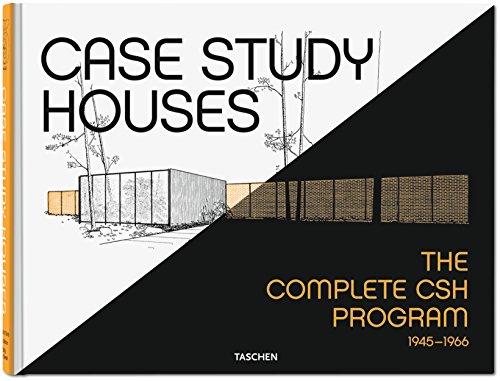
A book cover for Case Study Houses; Elizabeth Smith; Crafts, Hobbies & Home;